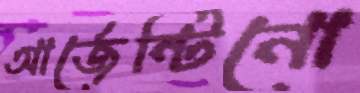
আর্জেন্টিনো